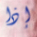
إذا